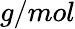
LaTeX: g/mol